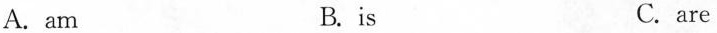
A. am B. is C.are